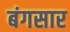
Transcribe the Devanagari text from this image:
बंगसार